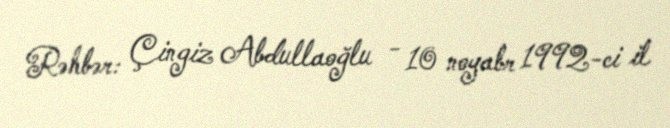
Rəhbər: Çingiz Abdullaoğlu - 10 noyabr 1992-ci il